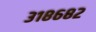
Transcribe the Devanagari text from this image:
३१८६८२